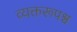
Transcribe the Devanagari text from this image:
व्यक्तरूपश्च